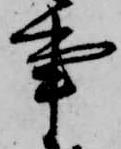
事